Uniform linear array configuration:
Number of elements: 8
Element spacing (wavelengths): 1
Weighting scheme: kaiser
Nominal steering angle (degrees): -15
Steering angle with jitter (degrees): -13.589
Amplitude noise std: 0.05
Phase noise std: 0.05

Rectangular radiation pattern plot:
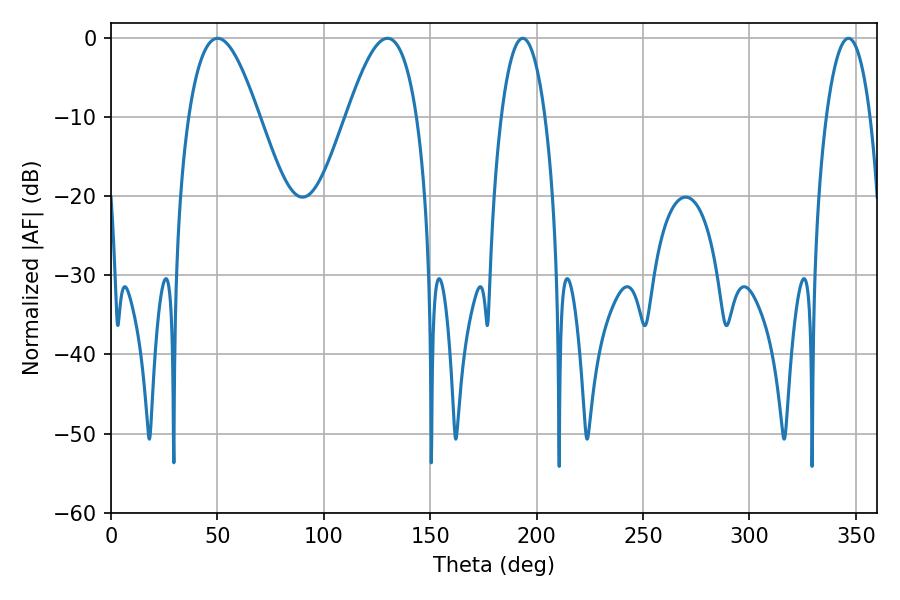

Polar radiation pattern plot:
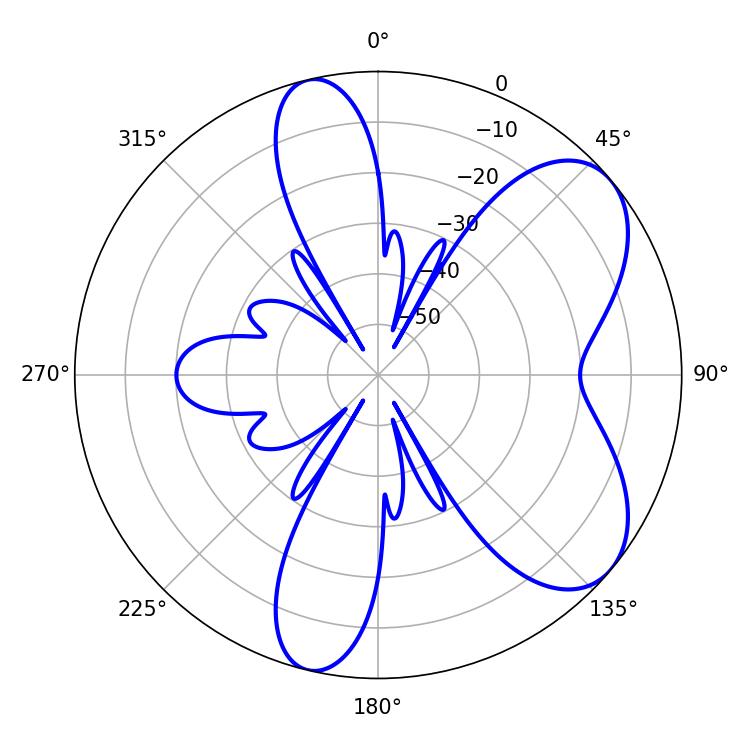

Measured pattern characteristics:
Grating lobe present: TRUE
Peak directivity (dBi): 6.655
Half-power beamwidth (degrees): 11.52
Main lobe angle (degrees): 193.5